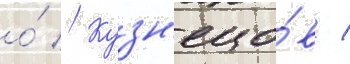
о́ // Кузн'ецо́в /